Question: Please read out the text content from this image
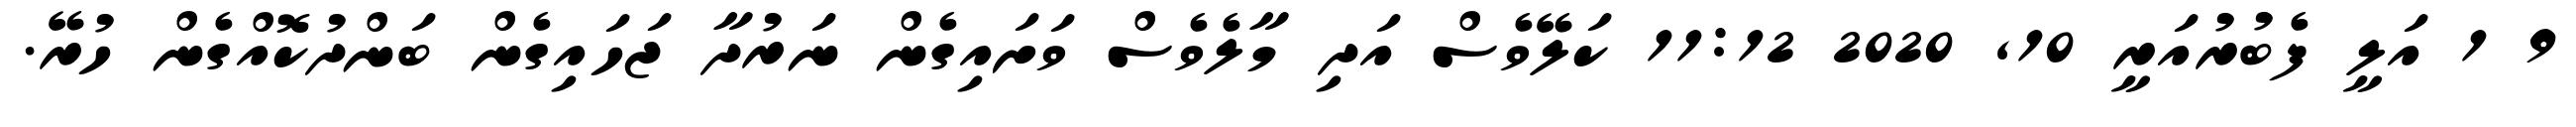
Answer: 9 1 އަލީ ފެބުރުއަރީ 10, 2020 11:12 ކަލޭވެސް އަދި މާލެވެސް ވަށައިގެން ނަރުދާ ޖަހައިގެން ބަންދުކޮއްގެން ހުރޭ.